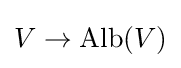
V\to \operatorname {Alb} (V)